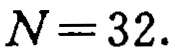
\(N = 32.\)